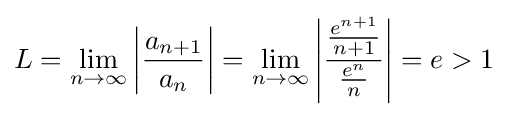
L=\lim _{n\to \infty }\left|{\frac {a_{n+1}}{a_{n}}}\right|=\lim _{n\to \infty }\left|{\frac {\frac {e^{n+1}}{n+1}}{\frac {e^{n}}{n}}}\right|=e>1